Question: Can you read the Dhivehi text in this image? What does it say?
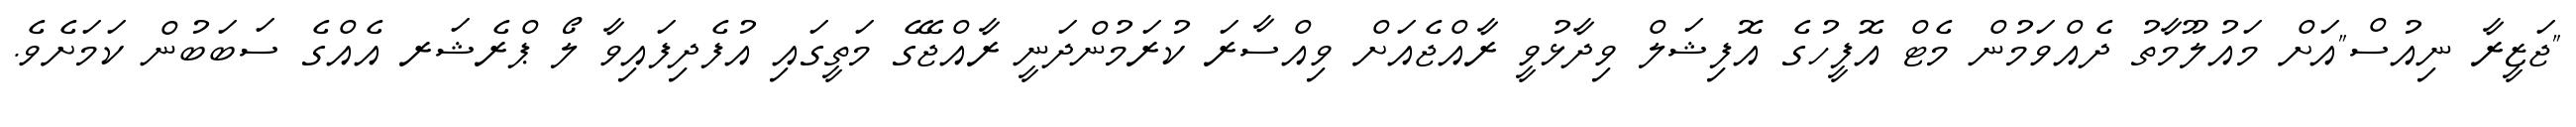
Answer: "ޖަޒީރާ ނިއުސް"އަށް މައުލޫމާތު ދެއްވަމުން މެޓް އޮފީހުގެ އޮފިޝަލް ވިދާޅުވީ ރާއްޖެއަށް ވިއްސާރަ ކުރަމުންދަނީ ރާއްޖޭގެ މަތީގައި އުފެދިފައިވާ ލޯ ޕްރެޝަރ އެއްގެ ސަބަބުން ކަމަށެވެ.